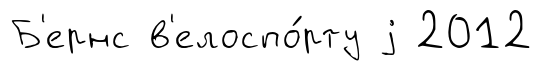
Б'ернс в'елоспо́рту j 2012